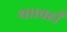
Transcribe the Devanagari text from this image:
था।वहाँ